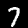
Label: 7